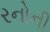
રનોની